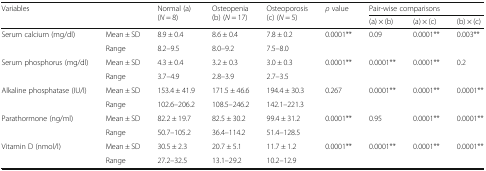
| <ROWSPAN=2-COLSPAN=2> Variables | <ROWSPAN=2> Normal (a) (N = 8) | <ROWSPAN=2> Osteopenia (b) (N = 17) | <ROWSPAN=2> Osteoporosis (c) (N = 5) | <ROWSPAN=2> ρ value | <COLSPAN=3> Pair-wise comparisons |
 | (a) × (b) | (a) × (c) | (b) × (c) |
 | --- | --- | --- | --- | --- | --- | --- | --- | --- |
 | <ROWSPAN=2> Serum calcium (mg/dl) | Mean ± SD | 8.9 ± 0.4 | 8.6 ± 0.4 | 7.8 ± 0.2 | <ROWSPAN=2> 0.0001** | <ROWSPAN=2> 0.09 | <ROWSPAN=2> 0.0001** | <ROWSPAN=2> 0.003** |
 | Range | 8.2–9.5 | 8.0–9.2 | 7.5–8.0 |
 | <ROWSPAN=2> Serum phosphorus (mg/dl) | Mean ± SD | 4.3 ± 0.4 | 3.2 ± 0.3 | 3.0 ± 0.3 | <ROWSPAN=2> 0.0001** | <ROWSPAN=2> 0.0001** | <ROWSPAN=2> 0.0001** | <ROWSPAN=2> 0.2 |
 | Range | 3.7–4.9 | 2.8–3.9 | 2.7–3.5 |
 | <ROWSPAN=2> Alkaline phosphatase (IU/l) | Mean ± SD | 153.4 ± 41.9 | 171.5 ± 46.6 | 194.4 ± 30.3 | <ROWSPAN=2> 0.267 | <ROWSPAN=2> 0.0001** | <ROWSPAN=2> 0.0001** | <ROWSPAN=2> 0.0001** |
 | Range | 102.6–206.2 | 108.5–246.2 | 142.1–221.3 |
 | <ROWSPAN=2> Parathormone (ng/ml) | Mean ± SD | 82.2 ± 19.7 | 82.5 ± 30.2 | 99.4 ± 31.2 | <ROWSPAN=2> 0.0001** | <ROWSPAN=2> 0.95 | <ROWSPAN=2> 0.0001** | <ROWSPAN=2> 0.0001** |
 | Range | 50.7–105.2 | 36.4–114.2 | 51.4–128.5 |
 | <ROWSPAN=2> Vitamin D (nmol/l) | Mean ± SD | 30.5 ± 2.3 | 20.7 ± 5.1 | 11.7 ± 1.2 | <ROWSPAN=2> 0.0001** | <ROWSPAN=2> 0.0001** | <ROWSPAN=2> 0.0001** | <ROWSPAN=2> 0.0001** |
 | Range | 27.2–32.5 | 13.1–29.2 | 10.2–12.9 |